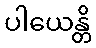
ပါယေန္တိ